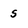
Character: 5